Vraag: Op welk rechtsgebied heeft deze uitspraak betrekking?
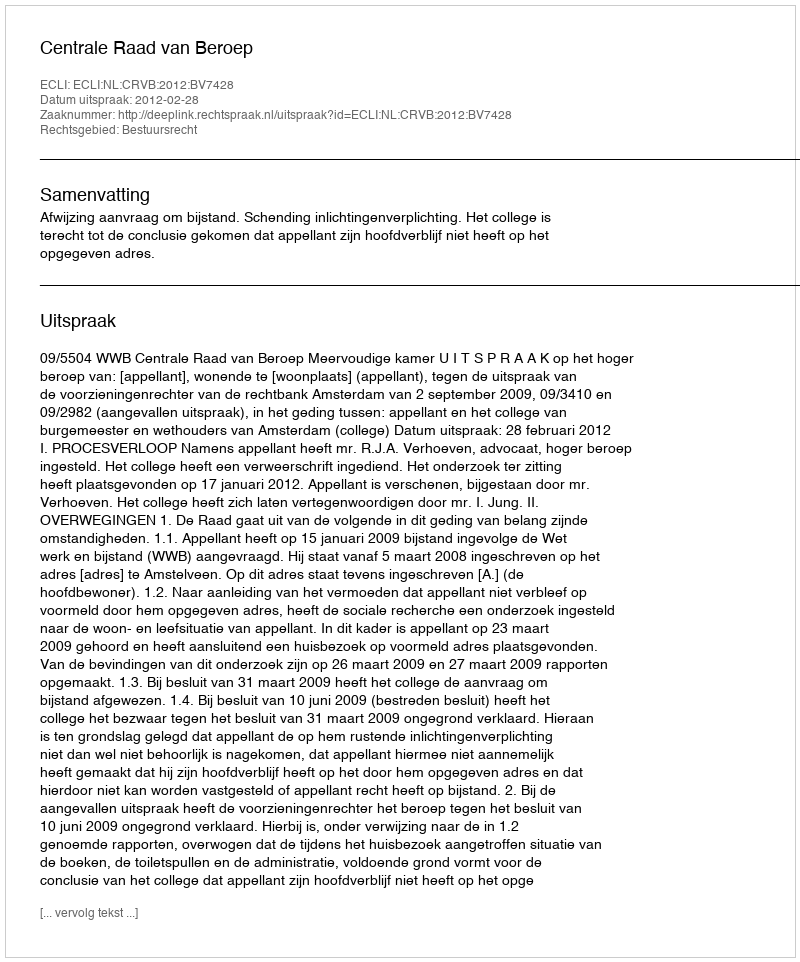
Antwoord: Bestuursrecht